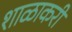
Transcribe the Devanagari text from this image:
शाळाकरी